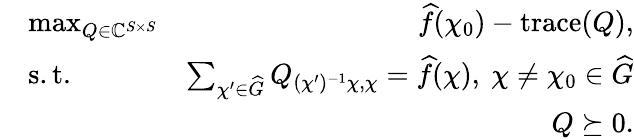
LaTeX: \begin{array}{rlr}&{\operatorname*{max}_{Q\in\mathbb{C}^{S\times S}}}&{\widehat{f}(\chi_{0})-\operatorname{trace}(Q),}\\ &{\mathrm{s.t.}~}&{\sum_{\chi^{\prime}\in\widehat{G}}Q_{(\chi^{\prime})^{-1}\chi,\chi}=\widehat{f}(\chi),~\chi\neq\chi_{0}\in\widehat{G}}\\ &{}&{Q\succeq 0.}\end{array}